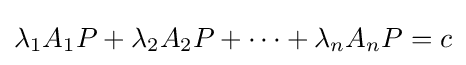
\lambda _{1}A_{1}P+\lambda _{2}A_{2}P+\cdots +\lambda _{n}A_{n}P=c